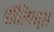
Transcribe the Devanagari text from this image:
हॉलिन्स